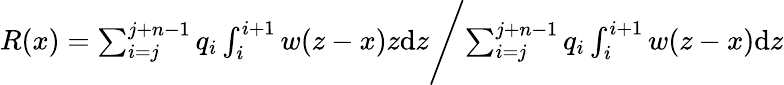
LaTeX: \begin{array}{r}{R(x)=\sum_{i=j}^{j+n-1}q_{i}\int_{i}^{i+1}w(z-x)z\mathrm{d}z\Biggl/\sum_{i=j}^{j+n-1}q_{i}\int_{i}^{i+1}w(z-x)\mathrm{d}z}\end{array}